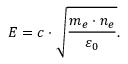
E = c \cdot { \sqrt { \frac { m _ { e } \cdot n _ { e } } { \varepsilon _ { 0 } } } } .